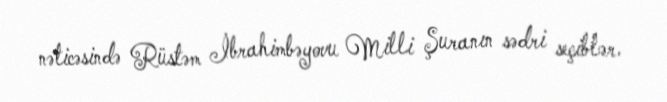
nəticəsində Rüstəm İbrahimbəyovu Milli Şuranın sədri seçiblər.